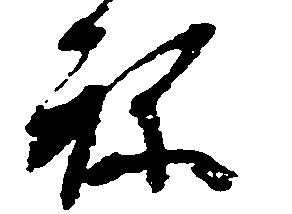
ね